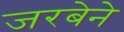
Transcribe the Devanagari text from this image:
जरबेने